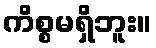
ကိစ္စမရှိဘူး။